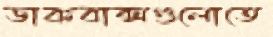
ডাকবাক্সগুলোতে